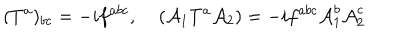
( { T ^ { a } } ) _ { b c } = - i f ^ { a b c } , \; ( { \cal A } _ { 1 } T ^ { a } { \cal A } _ { 2 } ) = - i f ^ { a b c } { \cal A } _ { 1 } ^ { b } { \cal A } _ { 2 } ^ { c }